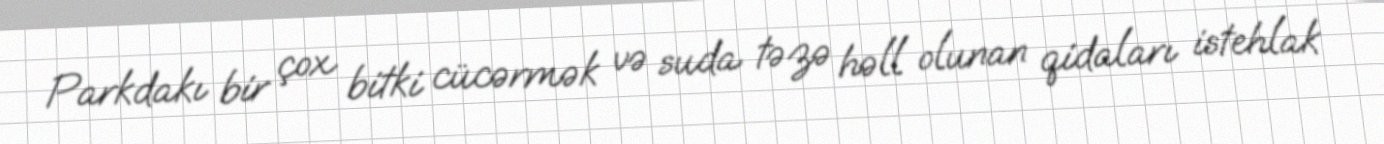
Parkdakı bir çox bitki cücərmək və suda təzə həll olunan qidaları istehlak